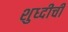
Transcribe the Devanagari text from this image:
शुध्दीची